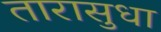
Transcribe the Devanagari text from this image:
तारासुधा